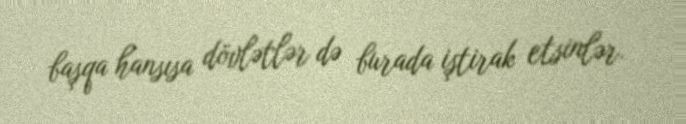
başqa hansısa dövlətlər də burada iştirak etsinlər.